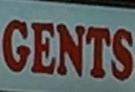
gents